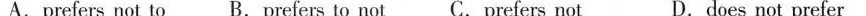
A.prefers not to B.prefers to not C.prefers not D.does not prefer